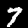
Digit: 7